Scottish Leaving Certificate Examination, 1953
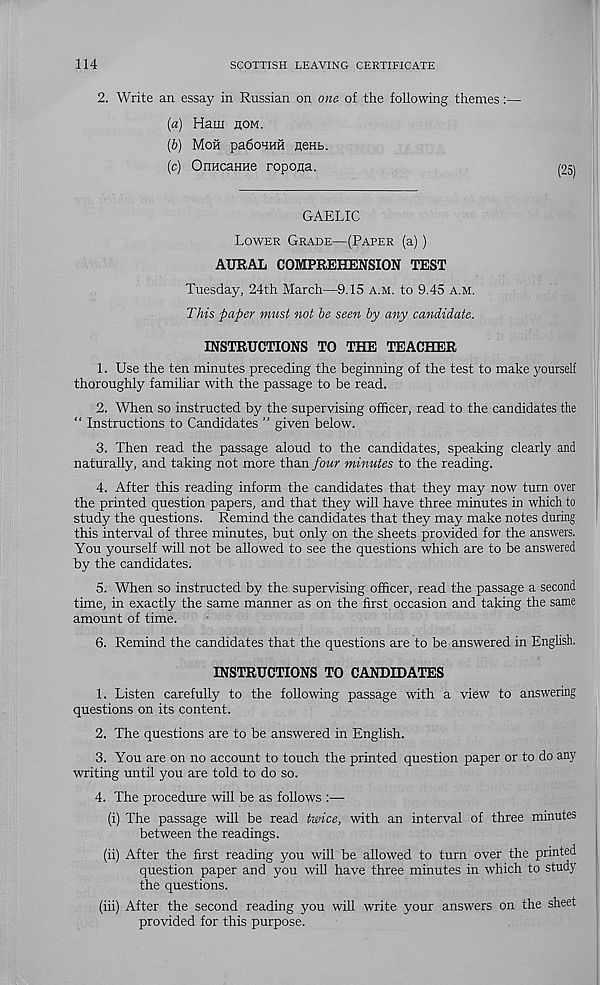
114
SCOTTISH LEAVING CERTIFICATE
2. Write an essay in Russian on one. of the following themes:—
(a) Ham hom.
(b) Moil pa6oHHH neHb.
(c) OimcaHne ropona.
GAELIC
Lower Grade—(Paper (a) )
AURAL COMPREHENSION TEST
Tuesday, 24th March—9.15 a.m. to 9.45 a.m.
This paper must not be seen by any candidate.
INSTRUCTIONS TO THE TEACHER
1. Use the ten minutes preceding the beginning of the test to make yourself
thoroughly familiar with the passage to be read.
2. When so instructed by the supervising officer, read to the candidates the
“ Instructions to Candidates ” given below.
3. Then read the passage aloud to the candidates, speaking clearly and
naturally, and taking not more than four minutes to the reading.
4. After this reading inform the candidates that they may now turn over
the printed question papers, and that they will have three minutes in which to
study the questions. Remind the candidates that they may make notes during
this interval of three minutes, but only on the sheets provided for the answers.
You yourself will not be allowed to see the questions which are to be answered
by the candidates.
5. When so instructed by the supervising officer, read the passage a second
time, in exactly the same manner as on the first occasion and taking the same
amount of time.
6. Remind the candidates that the questions are to be answered in English.
INSTRUCTIONS TO CANDIDATES
1. Listen carefully to the following passage with a view to answering
questions on its content.
2. The questions are to be answered in English.
3. You are on no account to touch the printed question paper or to do any
writing until you are told to do so.
4. The procedure will be as follows :—•
(i) The passage will be read twice, with an interval of three minutes
between the readings.
(ii) After the first reading you will be allowed to turn over the printed
question paper and you will have three minutes in which to study
the questions.
(iii) After the second reading you will write your answers on the sheet
provided for this purpose.